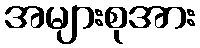
အများစုအား